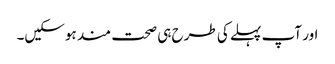
اور آپ پہلے کی طرح ہی صحت مند ہوسکیں۔